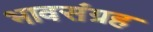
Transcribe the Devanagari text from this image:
भावसंग्रह